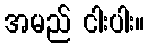
အမည် ငါးပါး။